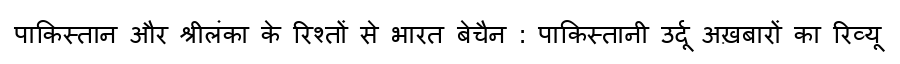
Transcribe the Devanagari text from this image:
पाकिस्तान और श्रीलंका के रिश्तों से भारत बेचैन : पाकिस्तानी उर्दू अख़बारों का रिव्यू